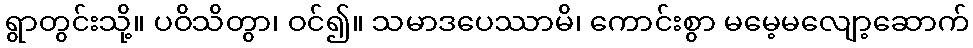
ရွာတွင်းသို့။ ပဝိသိတွာ၊ ဝင်၍။ သမာဒပေဿာမိ၊ ကောင်းစွာ မမေ့မလျော့ဆောက်